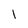
Character: 1